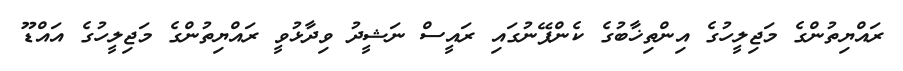
ރައްޔިތުންގެ މަޖިލީހުގެ އިންތިޚާބުގެ ކެންޕޭނުގައި ރައީސް ނަޝީދު ވިދާޅުވީ ރައްޔިތުންގެ މަޖިލީހުގެ އައްޑޫ